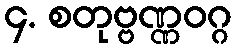
၄. စတုဗ္ဗဏ္ဏဝဂ္ဂ